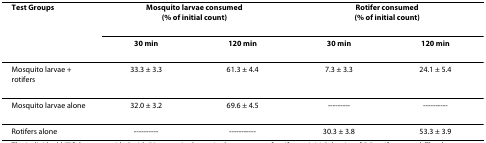
| Test Groups | <COLSPAN=2> Mosquito larvae consumed(% of initial count) | <COLSPAN=2> Rotifer consumed(% of initial count) |
 |  | 30 min | 120 min | 30 min | 120 min |
 | --- | --- | --- | --- | --- |
 | Mosquito larvae + rotifers | 33.3 ± 3.3 | 61.3 ± 4.4 | 7.3 ± 3.3 | 24.1 ± 5.4 |
 | Mosquito larvae alone | 32.0 ± 3.2 | 69.6 ± 4.5 | --------- | ---------- |
 | Rotifers alone | ---------- | ----------- | 30.3 ± 3.8 | 53.3 ± 3.9 |